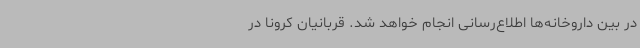
در بین داروخانه‌ها اطلاع‌رسانی انجام خواهد شد. قربانیان کرونا در